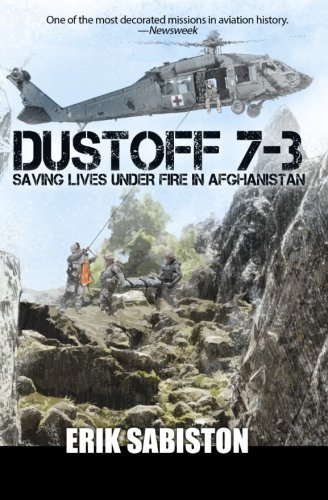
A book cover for Dustoff 7-3; Erik Sabiston; History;